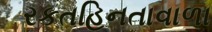
રકતહિનતાવાળા